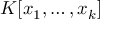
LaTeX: K [ x _ { 1 } , \ldots , x _ { k } ]